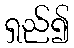
ရှည်၍